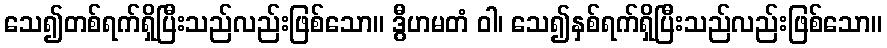
သေ၍တစ်ရက်ရှိပြီးသည်လည်းဖြစ်သော။ ဒွီဟမတံ ဝါ၊ သေ၍နှစ်ရက်ရှိပြီးသည်လည်းဖြစ်သော။